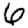
Digit: 6